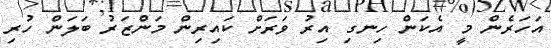
އަހަރެެން މީ އެކަން ހިނގި އިރު ވަރަށް ކައިރިން މަންޒަރު ބަލަން ހުރި